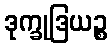
ဒုက္ခုဒြယဉ္စ